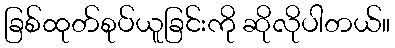
ခြစ်ထုတ်စုပ်ယူခြင်းကို ဆိုလိုပါတယ်။